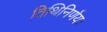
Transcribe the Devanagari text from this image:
तिथिनिर्णयः